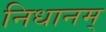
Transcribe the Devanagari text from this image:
निधानम्